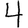
Digit: 4